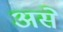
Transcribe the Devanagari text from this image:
असेे